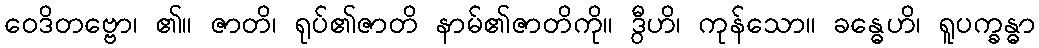
ဝေဒိတဗ္ဗော၊ ၏။ ဇာတိ၊ ရုပ်၏ဇာတိ နာမ်၏ဇာတိကို။ ဒွီဟိ၊ ကုန်သော။ ခန္ဓေဟိ၊ ရူပက္ခန္ဓာ